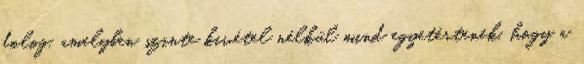
dolog, amelyben szinte kivétel nélkül mind egyetértenek, hogy a